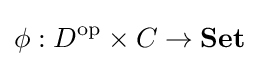
\phi :D^{\mathrm {op} }\times C\to \mathbf {Set}